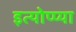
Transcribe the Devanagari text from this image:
इत्योप्प्या